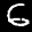
Label: 6